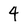
Character: 4